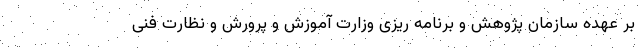
بر عهده سازمان پژوهش و برنامه ریزی وزارت آموزش و پرورش و نظارت فنی